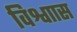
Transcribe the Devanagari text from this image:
विश्वाास